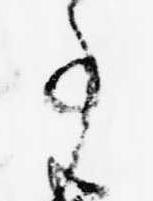
事